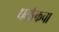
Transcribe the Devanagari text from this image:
घटोत्कचा